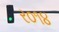
ર૦૧૪